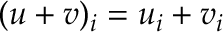
( u + v ) _ { i } = u _ { i } + v _ { i }